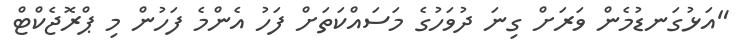
"އަޅުގަނޑުމެން ވަރަށް ގިނަ ދުވަހުގެ މަސައްކަތަށް ފަހު އެންމެ ފަހުން މި ޕްރޮޖެކްޓް